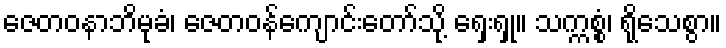
ဇေတဝနာဘိမုခံ၊ ဇေတဝန်ကျောင်းတော်သို့ ရှေးရှု။ သက္ကစ္စံ၊ ရိုသေစွာ။